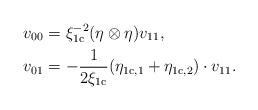
LaTeX: \begin{align*}&v_{00}=\xi_{\mathrm{1c}}^{-2}(\eta\otimes\eta)v_{11},\\&v_{01} = -\frac{1}{2\xi_{\mathrm{1c}}} (\eta_{\mathrm{1c},1}+\eta_{\mathrm{1c},2})\cdot v_{11}.\end{align*}